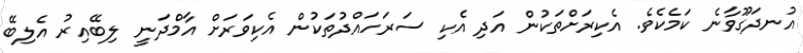
އުނދަގޫވާނެ ކަމެކެވެ. އެކިރަށްތަކުން އަދި އެކި ސަރަހައްދުތަކުން އެކިވަރަށް އާމްދަނީ ލިބޭއިރު އެލިބޭ